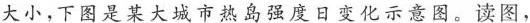
大小，下图是某大城市热岛强度日变化示意图。读图，